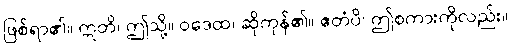
ဖြစ်ရာ၏။ ဣတိ၊ ဤသို့။ ဝဒေထ၊ ဆိုကုန်၏။ ဧတံပိ၊ ဤစကားကိုလည်း။